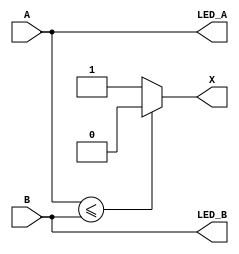
`timescale 1ns / 1ps
//////////////////////////////////////////////////////////////////////////////////
// Company: 
// Engineer: 
// 
// Design Name: 
// Module Name: lab2_4
// Project Name: 
// Target Devices: 
// Tool Versions: 
// Description: 
// 
// Dependencies: 
// 
// Revision:
// Revision 0.01 - File Created
// Additional Comments:
// 
//////////////////////////////////////////////////////////////////////////////////


module comparator(A, B, X, LED_A, LED_B);
output X;
output [3:0] LED_A, LED_B;
input [3:0] A, B;
reg X;
reg [3:0] LED_A, LED_B;

always @*
begin
    LED_A = A;
    LED_B = B;
    
    if (A <= B)
        X = 0;
    else
        X = 1; 
end

endmodule